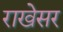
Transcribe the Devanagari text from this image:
राखेसर